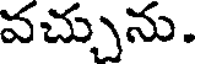
వచ్చును.